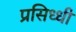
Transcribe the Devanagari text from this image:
प्रसिध्‍धी